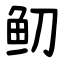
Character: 鱽